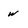
Character: w